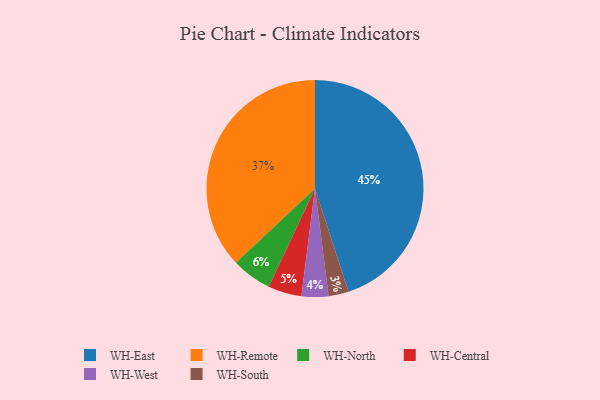
{"axis": {"x": "Category", "y": "Percentage"}, "legend": ["WH-Central", "WH-East", "WH-North", "WH-Remote", "WH-South", "WH-West"], "data": [{"x": "WH-Remote", "y": 37, "type": "WH-Remote"}, {"x": "WH-Central", "y": 5, "type": "WH-Central"}, {"x": "WH-South", "y": 3, "type": "WH-South"}, {"x": "WH-East", "y": 45, "type": "WH-East"}, {"x": "WH-North", "y": 6, "type": "WH-North"}, {"x": "WH-West", "y": 4, "type": "WH-West"}]}